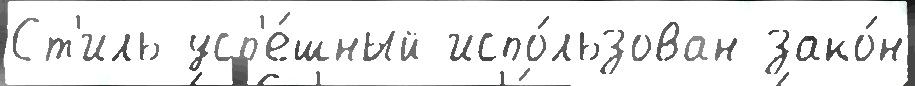
Ст'иль усп'е́шный испо́льзован зако́н